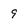
Character: 9